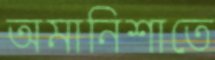
অমানিশাতে